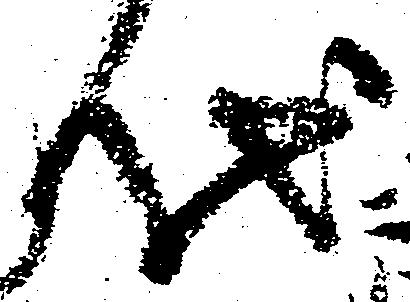
代